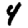
Digit: 4